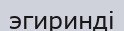
эгиринді